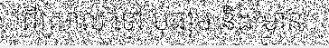
ពីស្រាល ទៅ មធ្យម និង មាន